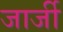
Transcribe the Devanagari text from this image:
जार्जी